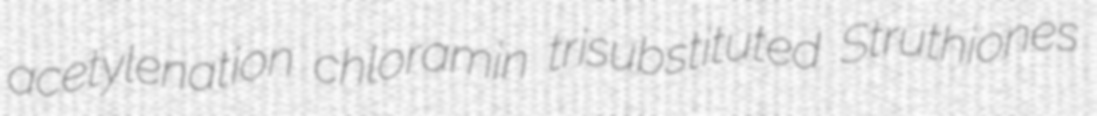
acetylenation chloramin trisubstituted Struthiones